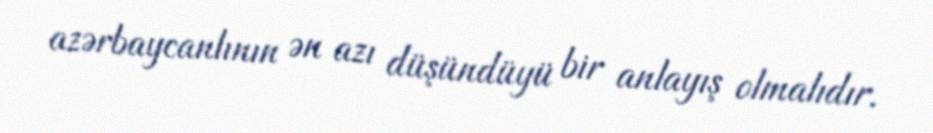
azərbaycanlının ən azı düşündüyü bir anlayış olmalıdır.